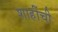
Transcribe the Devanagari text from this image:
शाहींची